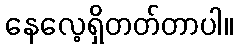
နေလေ့ရှိတတ်တာပါ။